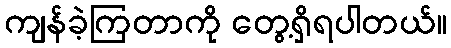
ကျန်ခဲ့ကြတာကို တွေ့ရှိရပါတယ်။